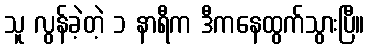
သူ လွန်ခဲ့တဲ့ ၁ နာရီက ဒီကနေထွက်သွားပြီ။